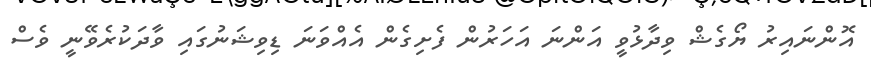
އޮންނައިރު ޔޯގެޝް ވިދާޅުވީ އަންނަ އަހަރުން ފެށިގެން އެއްވަނަ ޑިވިޝަނުގައި ވާދަކުރެވޭނީ ވެސް